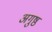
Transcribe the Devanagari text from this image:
अगुष्ठ